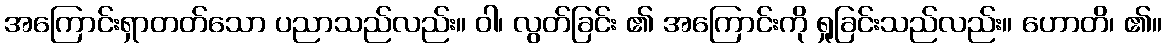
အကြောင်းရှာတတ်သော ပညာသည်လည်း။ ဝါ၊ လွတ်ခြင်း ၏ အကြောင်းကို ရှုခြင်းသည်လည်း။ ဟောတိ၊ ၏။